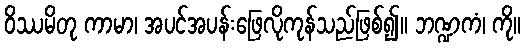
ဝိဿမိတု ကာမာ၊ အပင်အပန်းဖြေလိုကုန်သည်ဖြစ်၍။ ဘဏ္ဍကံ၊ ကို။